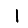
Digit: 1